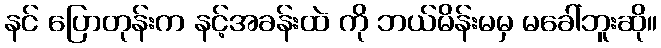
နင် ပြောတုန်းက နင့်အခန်းထဲ ကို ဘယ်မိန်းမမှ မခေါ်ဘူးဆို။